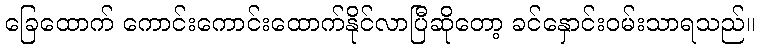
ခြေထောက် ကောင်းကောင်းထောက်နိုင်လာပြီဆိုတော့ ခင်နှောင်းဝမ်းသာရသည်။